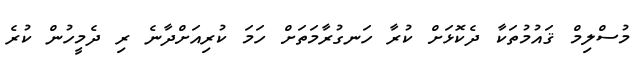
މުސްލިމް ޤައުމުތަކާ ދެކޮޅަށް ކުރާ ހަނގުރާމަތަށް ހަމަ ކުރިއަށްދާނެ ރި ދެމީހުން ކުރެ